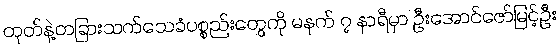
တုတ်နဲ့တခြားသက်သေခံပစ္စည်းတွေကို မနက် ၇ နာရီမှာ ဦးအောင်ဇော်မြင့်ဦး